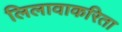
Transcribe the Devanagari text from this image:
लिलावाकरिता